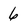
Character: 6